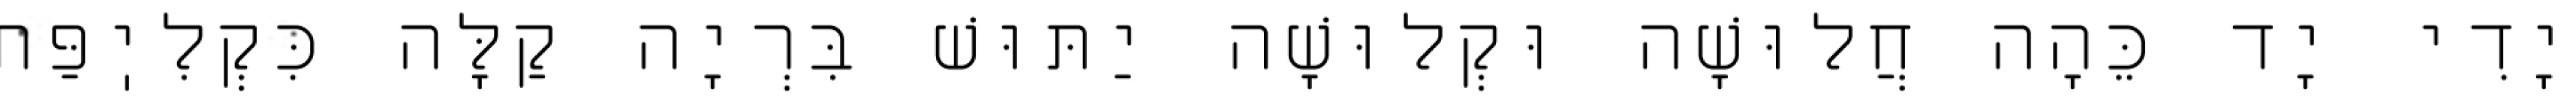
יָדִי יָד כֵּהָה חֲלוּשָׁה וּקְלוּשָׁה יַתּוּשׁ בִּרְיָה קַלָּה כִּקְלִיֽפַּת